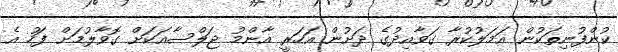
ކުންފުނިތަކުން އަމަލުކުރާ ގަވާއިދުގެ ދަށުން އަހަރީ އާންމު ޖަލްސާއަކަށް ގޮވާލުމަށް ފަހު އެ